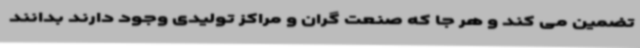
تضمین می کند و هر جا که صنعت گران و مراکز تولیدی وجود دارند بدانند